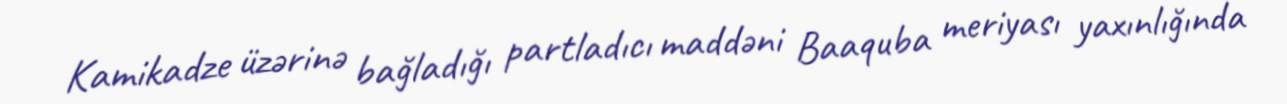
Kamikadze üzərinə bağladığı partladıcı maddəni Baaquba meriyası yaxınlığında